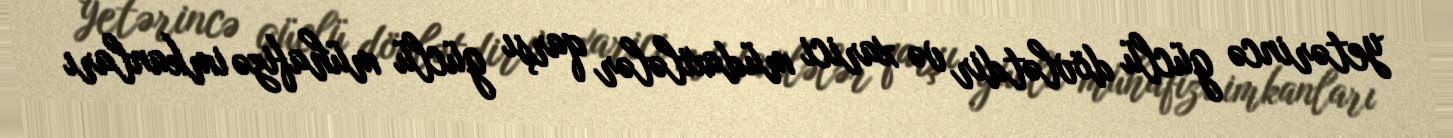
yetərincə güclü dövlətdir və xarici müdaxilələr qarşı güclü mühafizə imkanları